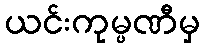
ယင်းကုမ္ပဏီမှ